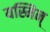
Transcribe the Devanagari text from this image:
यस्मिन्‌